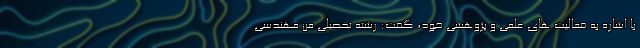
با اشاره به فعالیت های علمی و پژوهشی خود، گفت: رشته تحصیلی من مهندسی